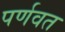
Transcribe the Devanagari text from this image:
पर्णवत